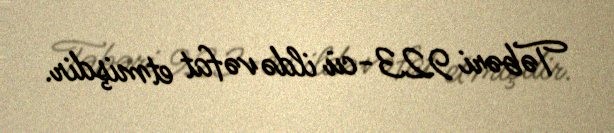
Təbəri 923-cü ildə vəfat etmişdir.